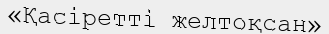
«Қасіретті желтоқсан»